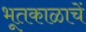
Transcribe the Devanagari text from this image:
भूतकाळाचें